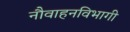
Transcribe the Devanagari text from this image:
नौवाहनविभागी